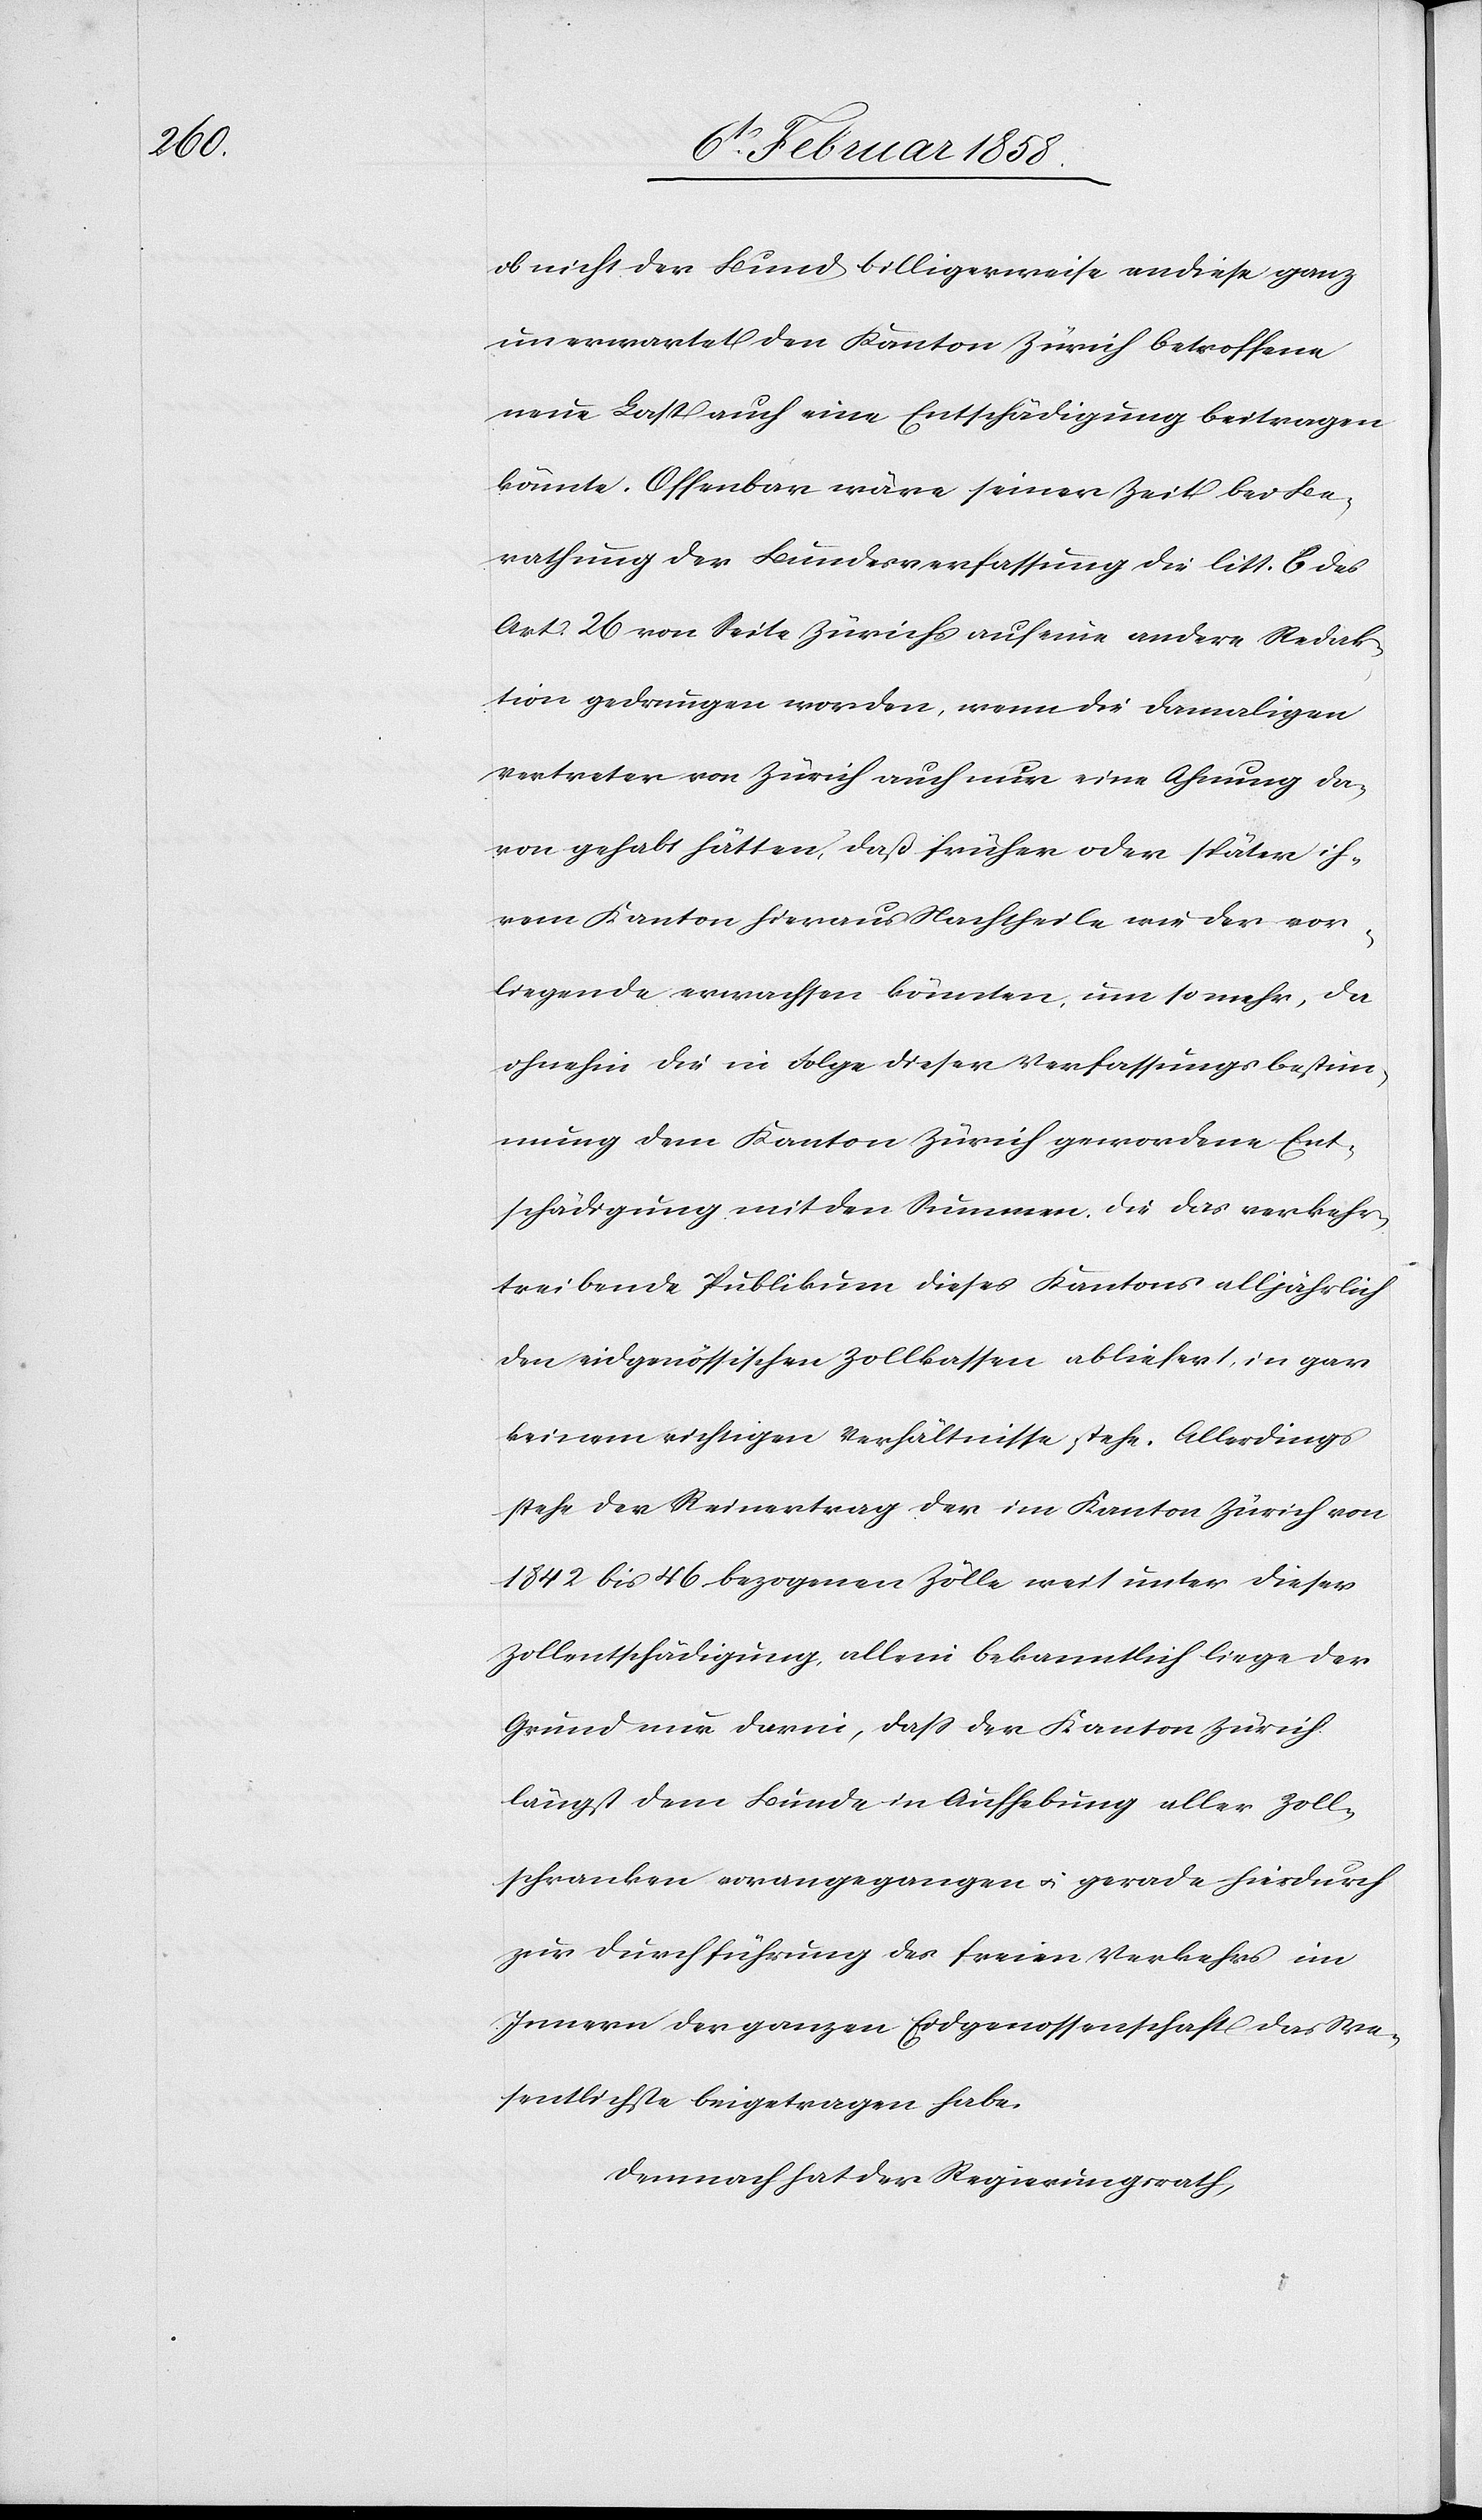
ob nicht der Bund billigerweise an diese ganz
unerwartet den Kanton Zürich betroffene
neue Last auch eine Entschädigung beitragen
könnte. Offenbar wäre seiner Zeit bei Be¬
rathung der Bundesverfassung die litt. C des
Art. 26 von Seite Zürichs auf eine andere Redak¬
tion gedrungen worden, wenn die damaligen
Vertreter von Zürich auch nur eine Ahnung da¬
von gehabt hätten, daß früher oder später ih¬
rem Kanton hieraus Nachtheile wie der vor¬
liegende erwachsen könnten, um so mehr, da
ohnehin die in Folge dieser Verfassungsbestim¬
mung dem Kanton Zürich gewordene Ent¬
schädigung mit den Summen, die das verkehr¬
treibende Publikum dieses Kantons alljährlich
den eidgenössischen Zollkassen abliefert, in gar
keinem richtigen Verhältnisse stehe. Allerdings
stehe der Reinertrag der im Kanton Zürich von
1842 bis 46 bezogenen Zölle weit unter dieser
Zollentschädigung, allein bekanntlich liege der
Grund nur darin, daß der Kanton Zürich
längst dem Bunde in Aufhebung aller Zoll¬
schranken vorangegangen u. gerade hierdurch
zur Durchführung des freien Verkehrs im
Innern der ganzen Eidgenossenschaft das We¬
sentlichste beigetragen habe.
Demnach hat der Regierungsrath,